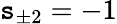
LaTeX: \mathtt{s}_{\pm2}=-1